Indian journal of veterinary science and animal husbandry - Volume 5,
Year: 1935
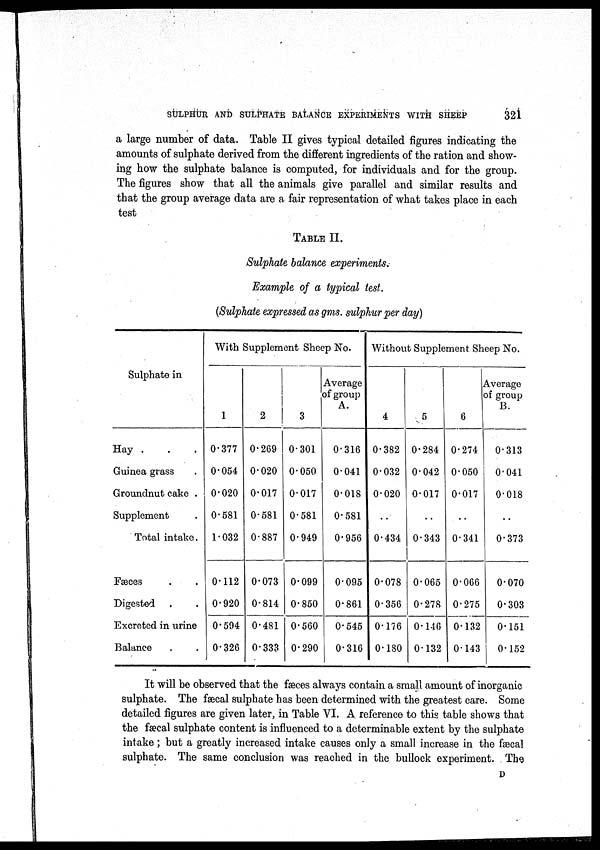
SULPHUR AND SULPHATE BALANCE EXPERIMENTS WITH SHEEP
321
a large number of data. Table II gives typical detailed figures indicating the
amounts of sulphate derived from the different ingredients of the ration and show-
ing how the sulphate balance is computed, for individuals and for the group.
The figures show that all the animals give parallel and similar results and
that the group average data are a fair representation of what takes place in each
test
TABLE II.
Sulphate balance experiments.
Example of a typical test.
(Sulphate expressed as gms. sulphur per day)
Sulphate in
Hay . . .
Guinea grass .
Groundnut cake .
Supplement .
Total intake.
Fæces . .
Digested . .
Excreted in urine
Balance . .
With Supplement Sheep No.
1
0.377
0.054
0.020
0.581
1.032
0.112
0.920
0.594
0.326
2
0.269
0.020
0.017
0.581
0.887
0.073
0.814
0.481
0.333
3
0.301
0.050
0.017
0.581
0.949
0.099
0.850
0.560
0.290
Average
of group
A.
0.316
0.041
0.018
0.581
0.956
0.095
0.861
0.545
0.316
Without Supplement Sheep No.
4
0.382
0.032
0.020
. .
0.434
0.078
0.356
0.176
0.180
5
0.284
0.042
0.017
. .
0.343
0.065
0.278
0.146
0.132
6
0.274
0.050
0.017
. .
0.341
0.066
0.275
0.132
0.143
Average
of group
B.
0.313
0.041
0.018
. .
0.373
0.070
0.303
0.151
0.152
It will be observed that the fæces always contain a small amount of inorganic
sulphate. The fæcal sulphate has been determined with the greatest care. Some
detailed figures are given later, in Table VI. A reference to this table shows that
the fæcal sulphate content is influenced to a determinable extent by the sulphate
intake; but a greatly increased intake causes only a small increase in the fæcal
sulphate. The same conclusion was reached in the bullock experiment. The
D